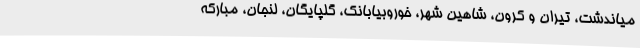
میاندشت، تیران و کرون، شاهین شهر، خوروبیابانک، گلپایگان، لنجان، مبارکه